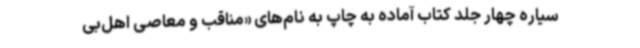
سیاره چهار جلد کتاب آماده به چاپ به نام‌های «مناقب و معاصی اهل‌بی